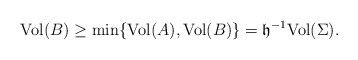
\begin{align*}{\rm Vol} (B )\geq \min\{{\rm Vol} (A ),{\rm Vol} (B )\}=\mathfrak h^{-1} {\rm Vol} (\Sigma ).\end{align*}